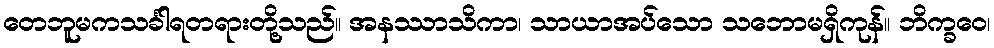
တေဘူမကသင်္ခါရတရားတို့သည်။ အနဿာသိကာ၊ သာယာအပ်သော သဘောမရှိကုန်။ ဘိက္ခဝေ၊